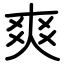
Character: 爽